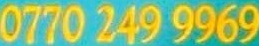
0770 249 9969